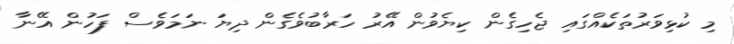
މި ކުޅިވަރުތަކެއްގައި ޖެހިގެން ކިޔެވުން އޭރު ހަރާބުވެގެން ދިޔަ ނަމަވެސް ފަހުން އޭނާ